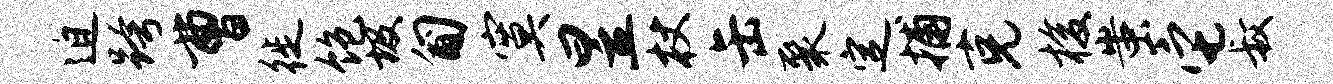
迫跨曹徙饱圾匍寞昱杖缶聚定捕克梭蚩它叔